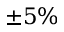
\pm 5 \%